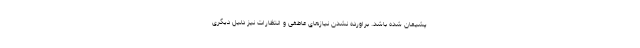
پشیمان شده باشد. براورده نشدن نیازهای عاطفی و انتظارات نیز دلیل دیگری